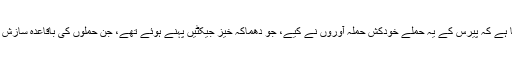
سی آئی اے کے سربراہ نے کہا ہے کہ پیرس کے یہ حملے خودکش حملہ آوروں نے کیے، جو دھماکہ خیز جیکٹیں پہنے ہوئے تھے، جن حملوں کی باقاعدہ سازش کی گئی اور عمل درآمد کیا گیا۔